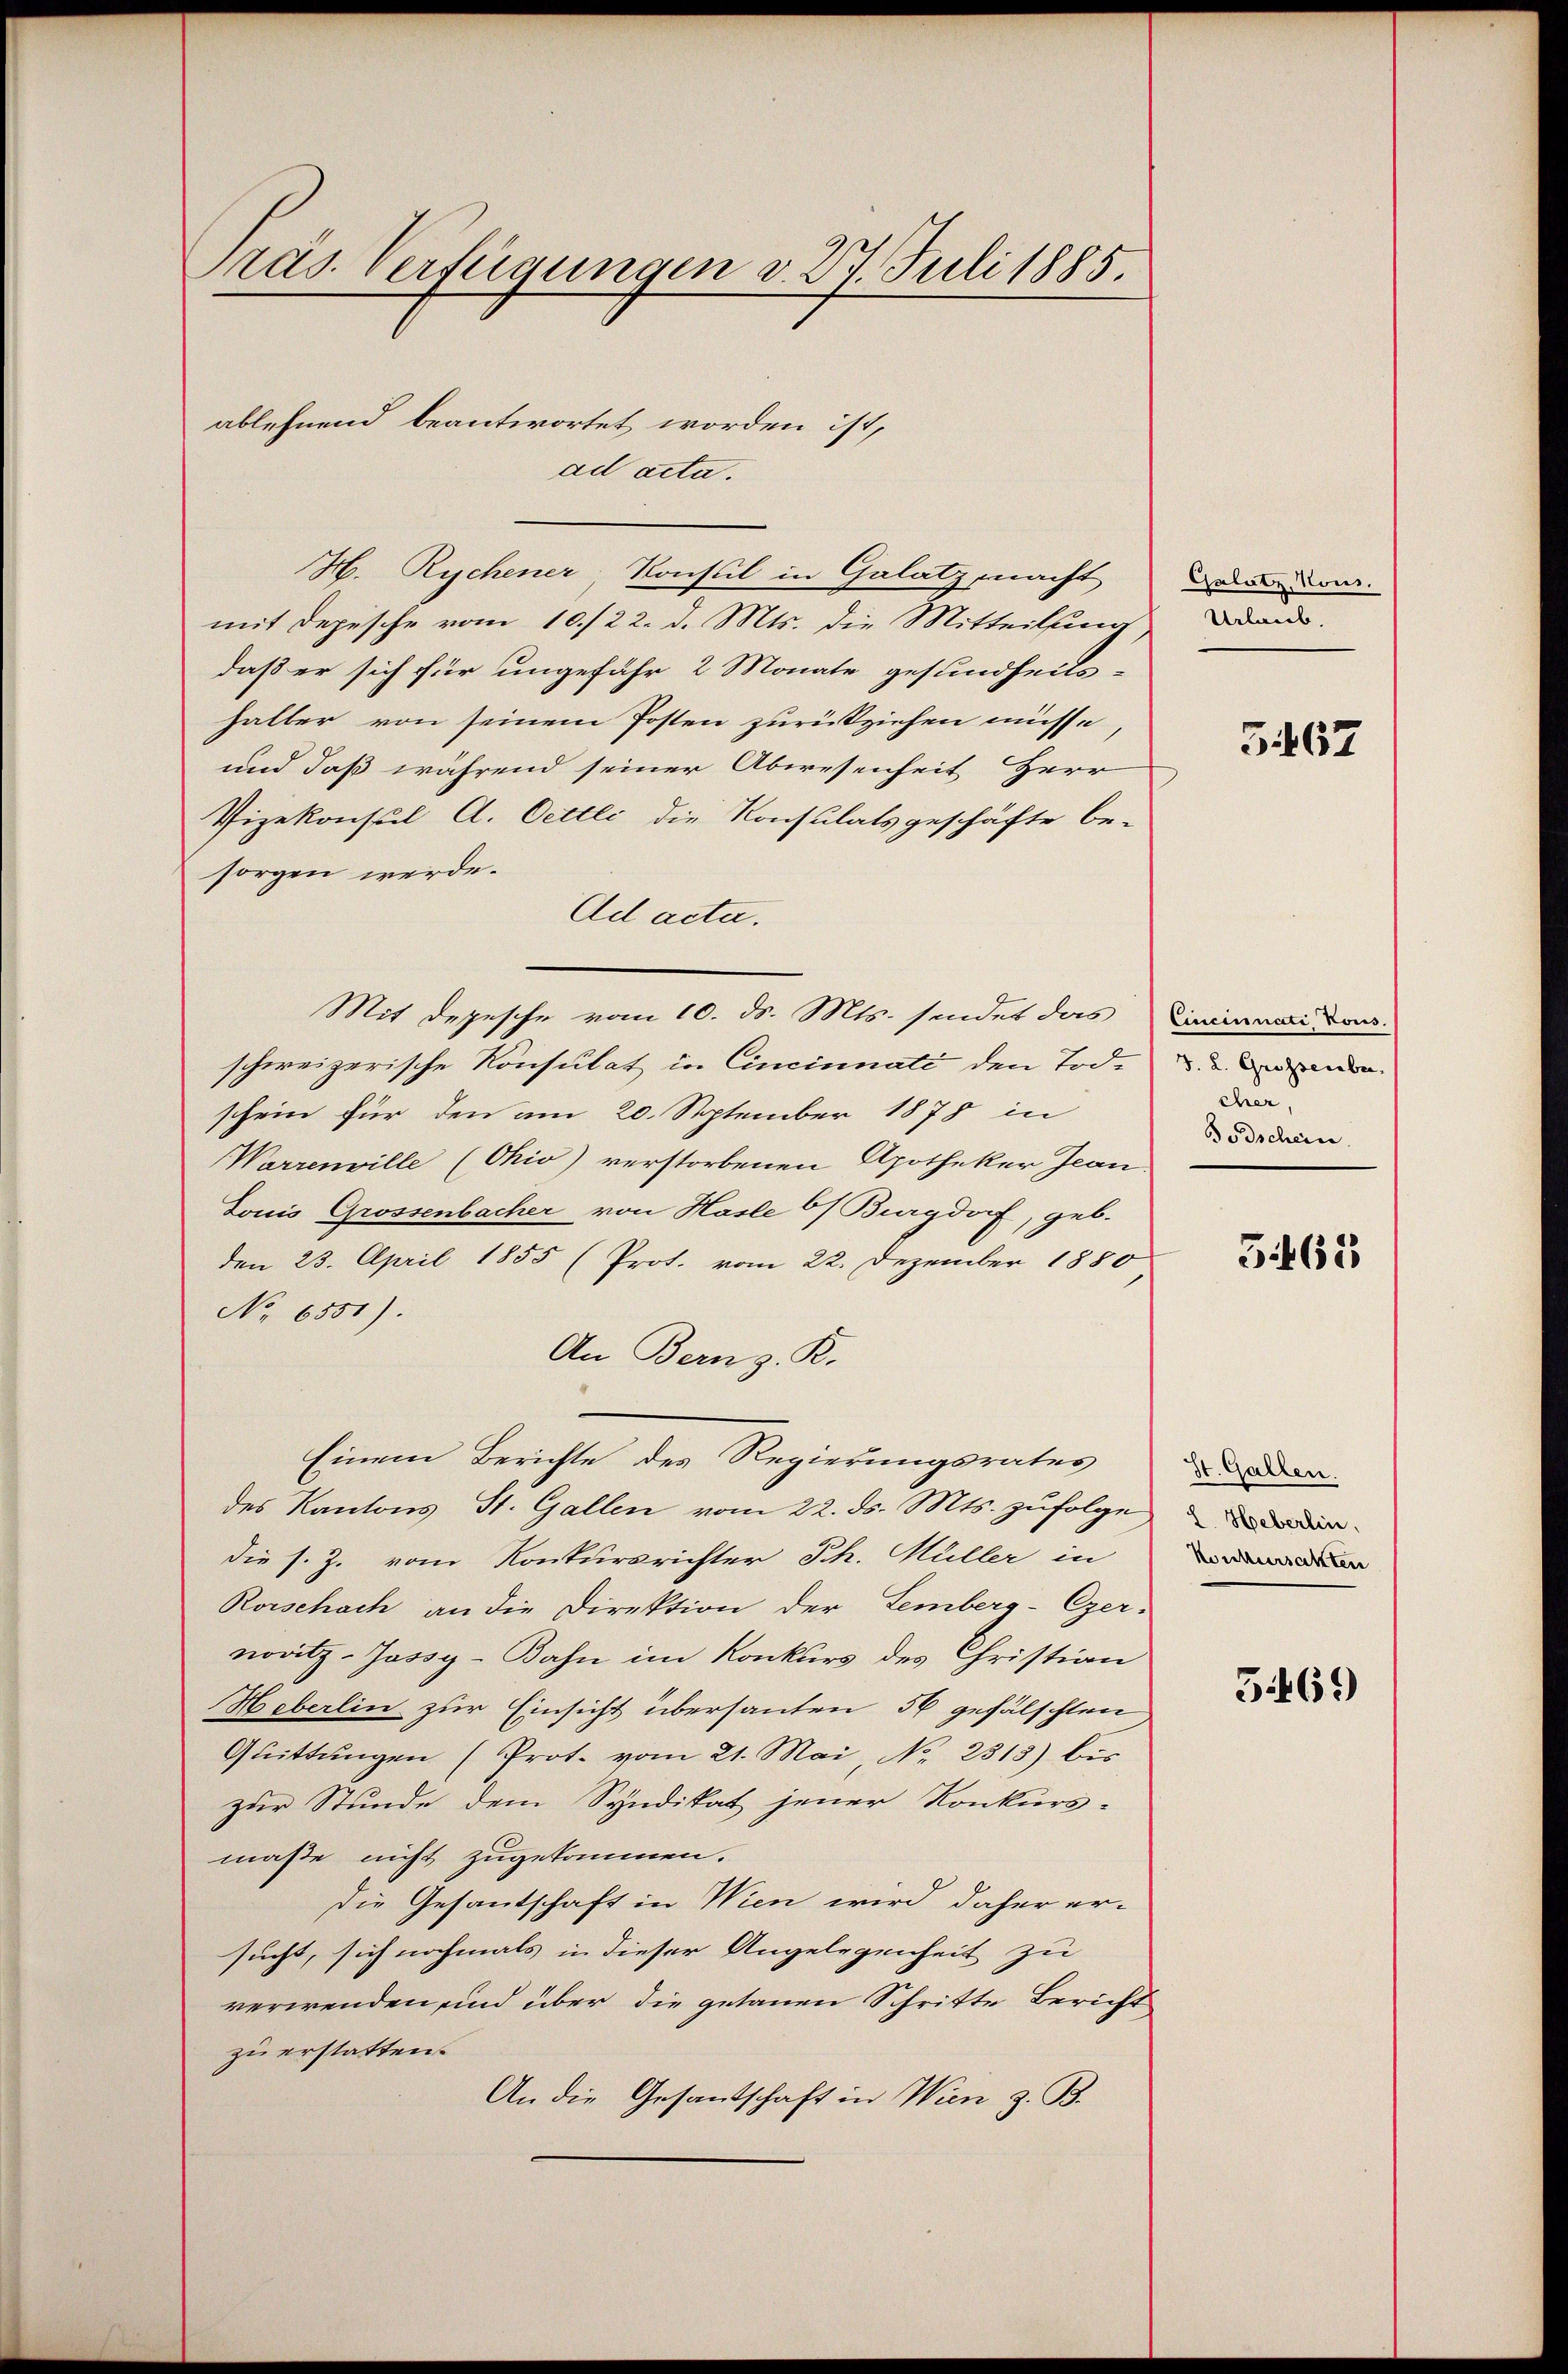
Präs. Verfügungen v. 27. Juli 1885.

ad acta.

ablehnend beantwortet worden ist,

H. Rychener, Konsul in Galatz macht
mit Depesche vom 10./22. d. Mts. die Mitteilung,
daß er sich für ungefähr 2 Monate gesundheits-
halter von seinem Posten zurückziehen müsse,
und daß während seiner Abwesenheit Herr
Vizekonsul A. Oettli die Konsulatsgeschäfte be-
sorgen werde.
Ad acta.
schweizerische Konsulat in Cincinnati den Tode u. anden
schein für den am 20. September 1878 in
Warrenville (Ohio) verstorbenen Apotheker Jean
Louis Grossenbacher von Hasle 6/ Burgdorf, geb.
den 23. April 1855 (Prot. vom 22. Dezember 1880
No 6551).
An Bern z. R.
Einem Berichte des Regierungsrates
des Kantons St. Gallen vom 22. ds. Mts. zufolge
die s. Z. vom Konkursrichter Ph. Müller in
Rorschach an die Direktion der Lemberg-Gzer-
novitz-Jassy-Bahn im Konkurs des Christian
Heberlin zur Einsicht übersanten 56 gefälschten
Quittungen (Prot. vom 21. Mai No. 2313) bis
zur Stunde dem Syndikat jener Konkurs-
maße nicht zugekommen.
die Gesantschaft in Wien wird daher er-
sucht, sich nochmals in dieser Angelegenheit zu
verwenden und über die getanen Schritte Bericht
zu erstatten.
An die Gesandschaft in Wien z. B.

Mit Depesche vom 10. ds. Mts. sendet das Liniermeiden

Galatz, Vous.
Urlaub.

5467

cher,
Bodschein.

5462

St. Gallen.
2 Heberlin.
Konkursakten

5469